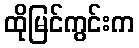
ထိုမြင်ကွင်းက